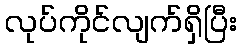
လုပ်ကိုင်လျက်ရှိပြီး